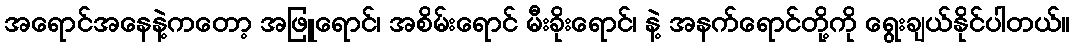
အရောင်အနေနဲ့ကတော့ အဖြူရောင်၊ အစိမ်းရောင် မီးခိုးရောင်၊ နဲ့ အနက်ရောင်တို့ကို ရွေးချယ်နိုင်ပါတယ်။